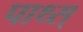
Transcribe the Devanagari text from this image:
पाथ्स्‌